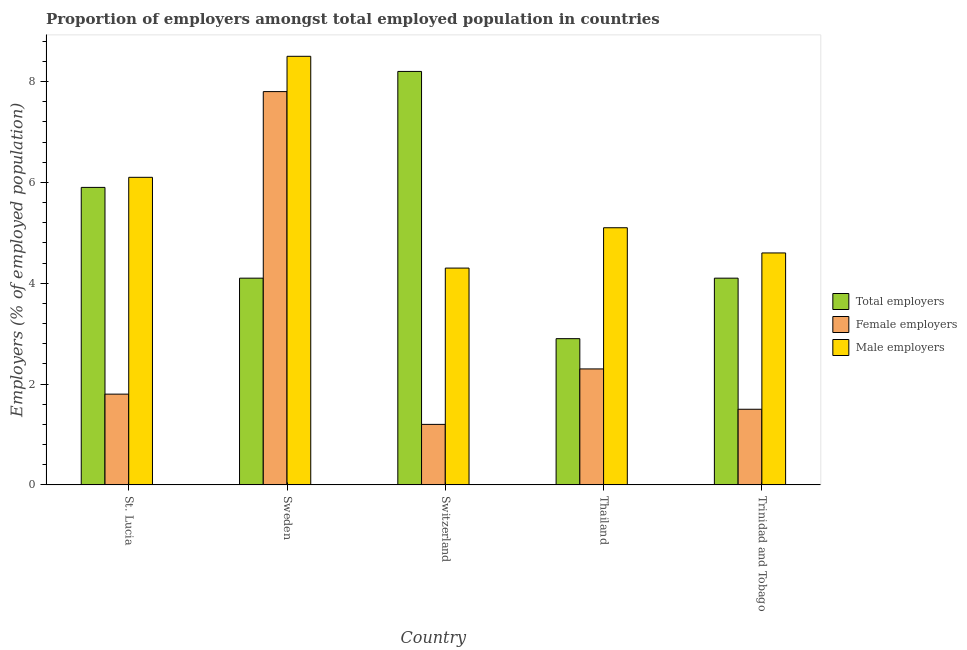
| Country | Total employers | Female employers | Male employers |
 | --- | --- | --- | --- |
 | St. Lucia | 5.9 | 1.8 | 6.1 |
 | Sweden | 4.1 | 7.8 | 8.5 |
 | Switzerland | 8.2 | 1.2 | 4.3 |
 | Thailand | 2.9 | 2.3 | 5.1 |
 | Trinidad and Tobago | 4.1 | 1.5 | 4.6 |